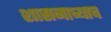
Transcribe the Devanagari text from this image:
शासनाच्याच